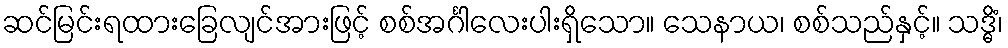
ဆင်မြင်းရထားခြေလျင်အားဖြင့် စစ်အင်္ဂါလေးပါးရှိသော။ သေနာယ၊ စစ်သည်နှင့်။ သဒ္ဓိံ၊